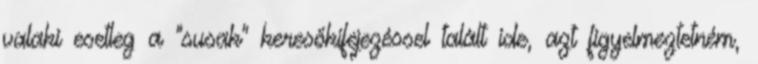
valaki esetleg a "susak" keresőkifejezéssel talált ide, azt figyelmeztetném,